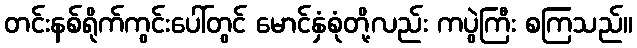
တင်းနစ်ရိုက်ကွင်းပေါ်တွင် မောင်နှံစုံတို့လည်း ကပွဲကြီး စကြသည်။